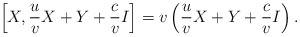
\begin{align*}\left[X, {u\over v} X + Y + {c\over v} I \right] = v\left( {u\over v} X + Y + {c\over v} I \right).\end{align*}